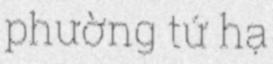
phường tứ hạ